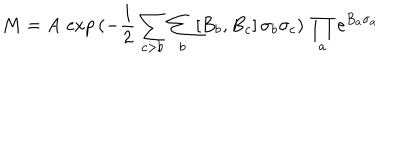
LaTeX: M = A \, \exp \, ( - \frac { 1 } { 2 } \sum _ { c > b } \sum _ { b } [ B _ { b } , B _ { c } ] \, \sigma _ { b } \sigma _ { c } ) \, \prod _ { a } \mathrm { e } ^ { B _ { a } \sigma _ { a } }